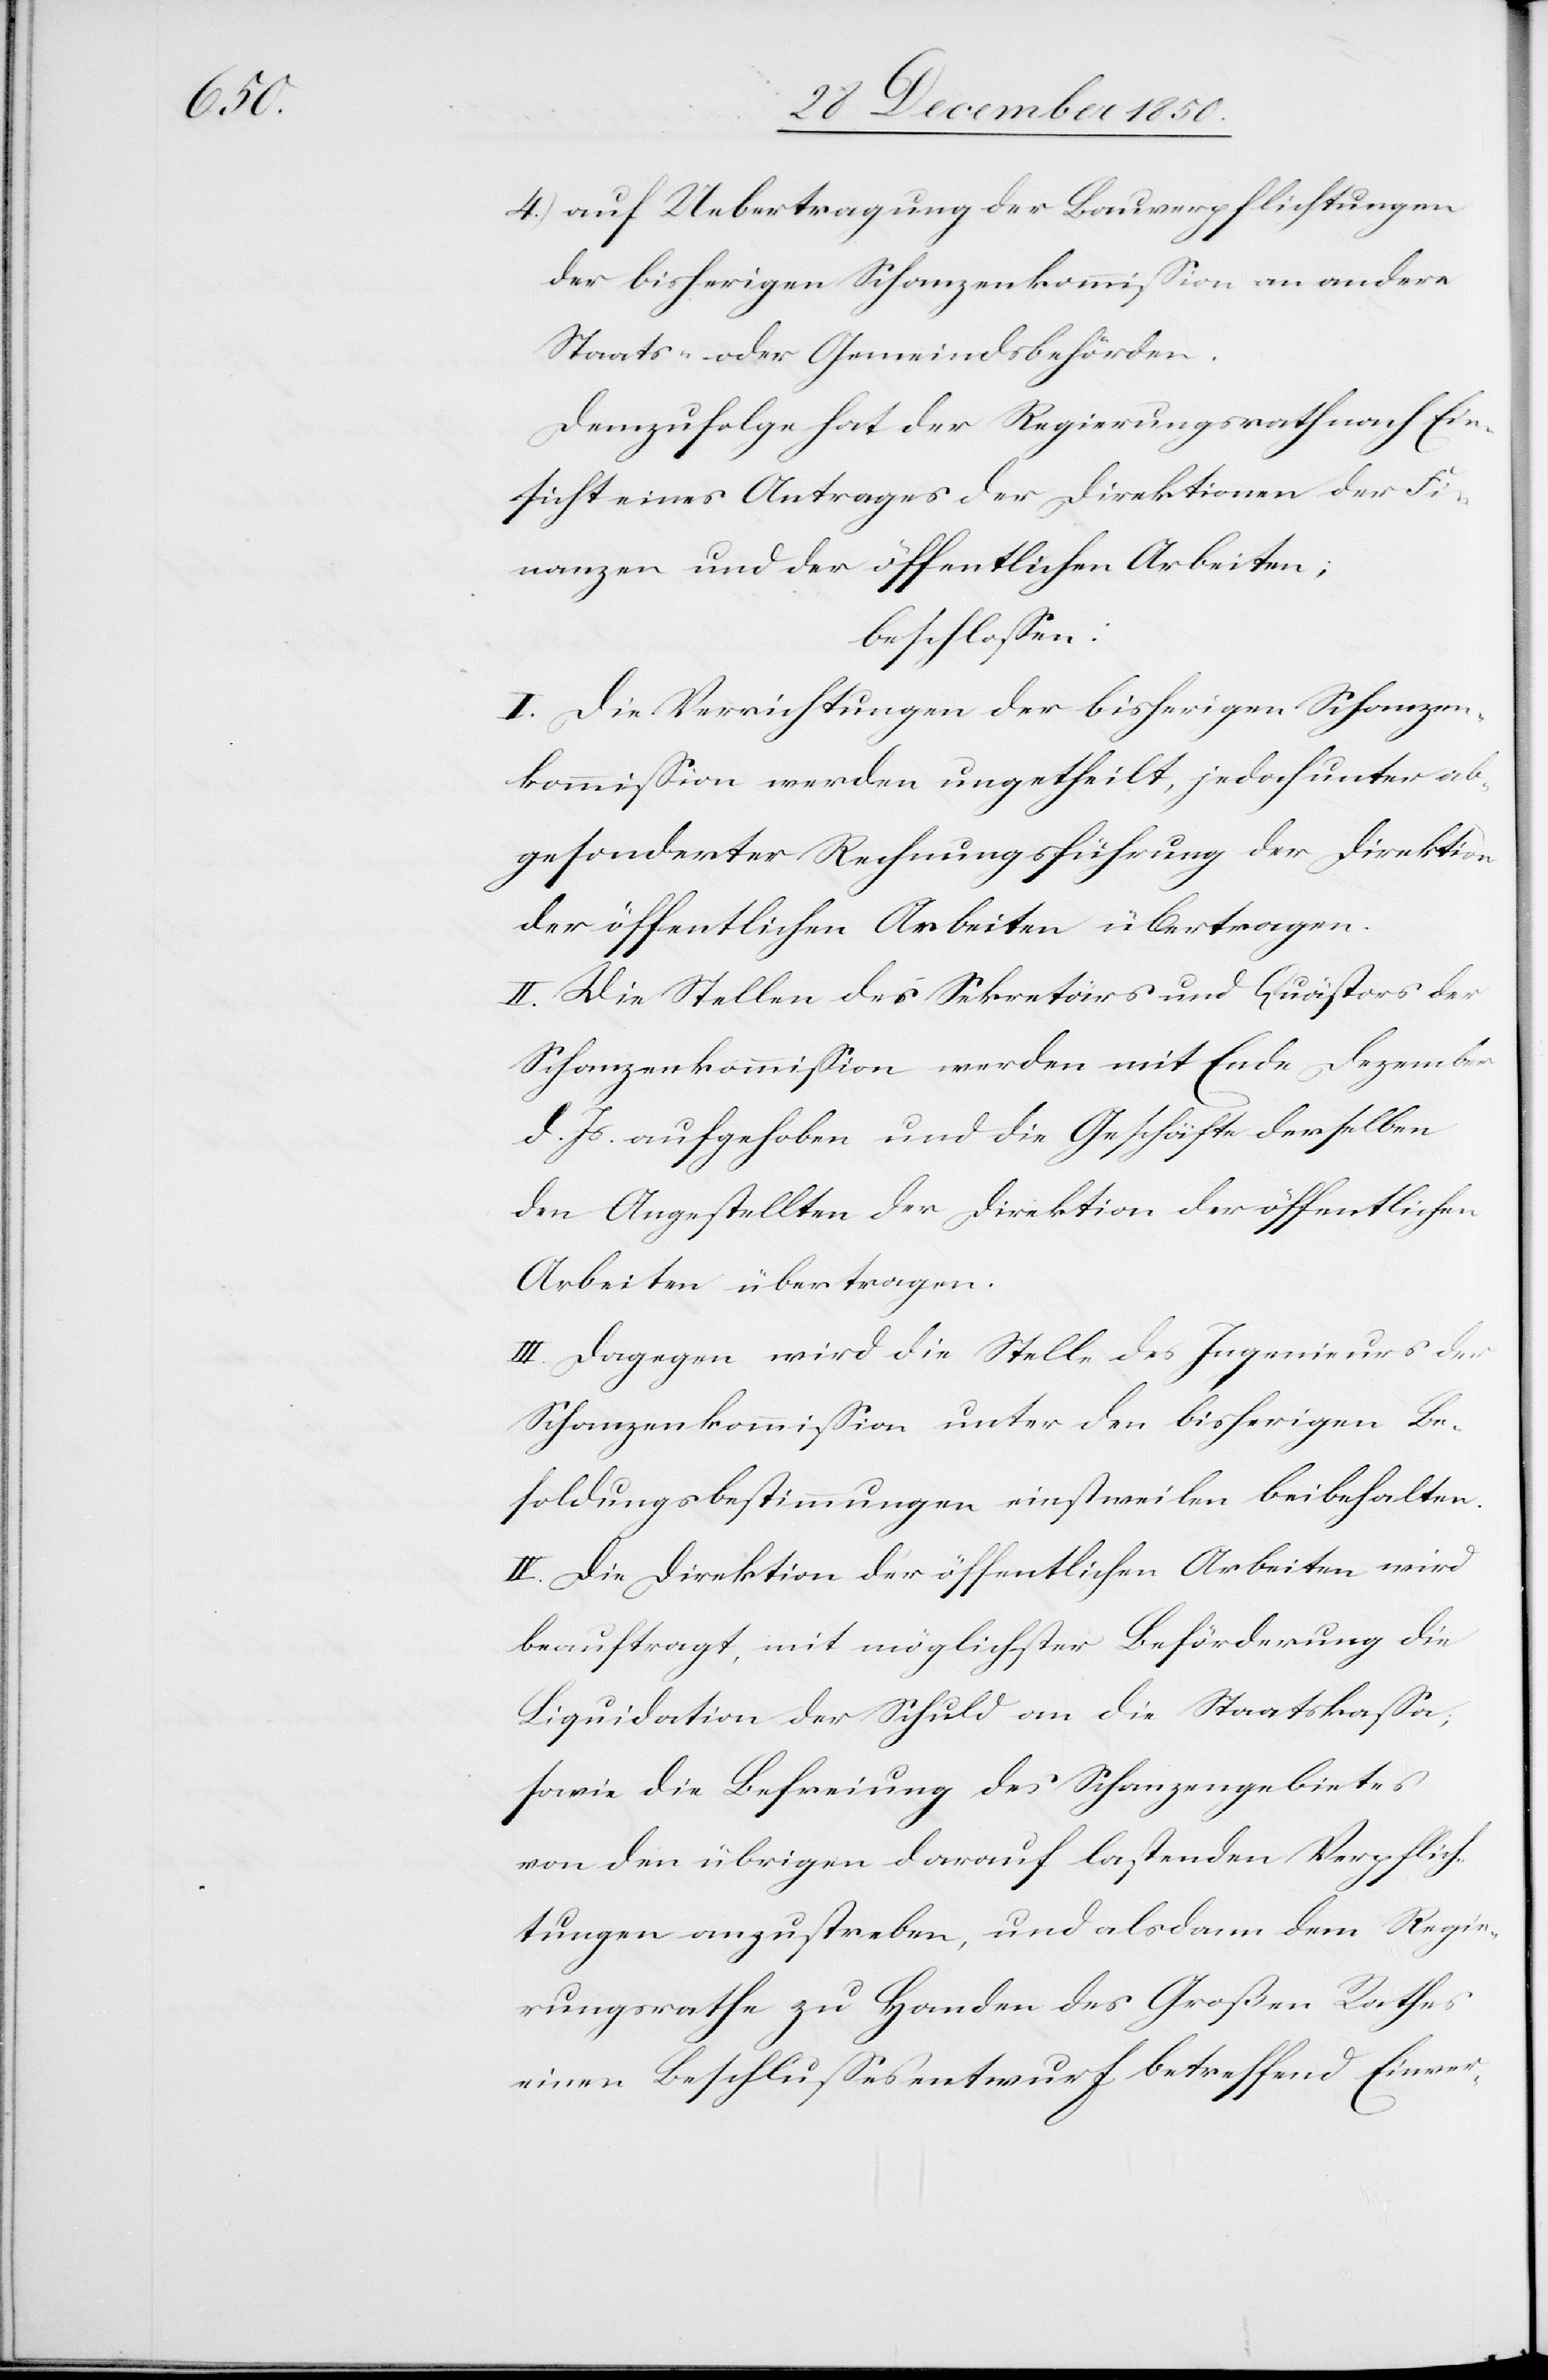
4.) auf Uebertragung der Bauverpflichtungen
der bisherigen Schanzenkommission an andere
Staats- oder Gemeindsbehörden.
Demzufolge hat der Regierungsrath nach Ein¬
sicht eines Antrages der Direktion der Fi¬
nanzen und der öffentlichen Arbeiten;
beschlossen:
I. Die Verrichtungen der bisherigen Schanzen¬
kommission werden ungetheilt, jedoch unter ab¬
gesonderter Rechnungsführung der Direktion
der öffentlichen Arbeiten übertragen.
II. Die Stellen des Sekretärs und Quästors der
Schanzenkommission werden mit Ende Dezember
d. Js. aufgehoben und die Geschäfte derselben
den Angestellten der Direktion der öffentlichen
Arbeiten übertragen.
III. Dagegen wird die Stelle des Ingenieurs der
Schanzenkommission unter den bisherigen Be¬
soldungsbestimmungen einstweilen beibehalten.
IV. Die Direktion der öffentlichen Arbeiten wird
beauftragt, mit möglichster Beförderung die
Liquidation der Schuld an die Staatskasse,
sowie die Befreiung des Schanzengebietes
von den übrigen darauf lastenden Verpflich¬
tungen anzustreben, und alsdann dem Regie¬
rungsrathe zu Handen des Großen Rathes
einen Beschlussesentwurf betreffend Einver-